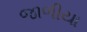
જાળીયા